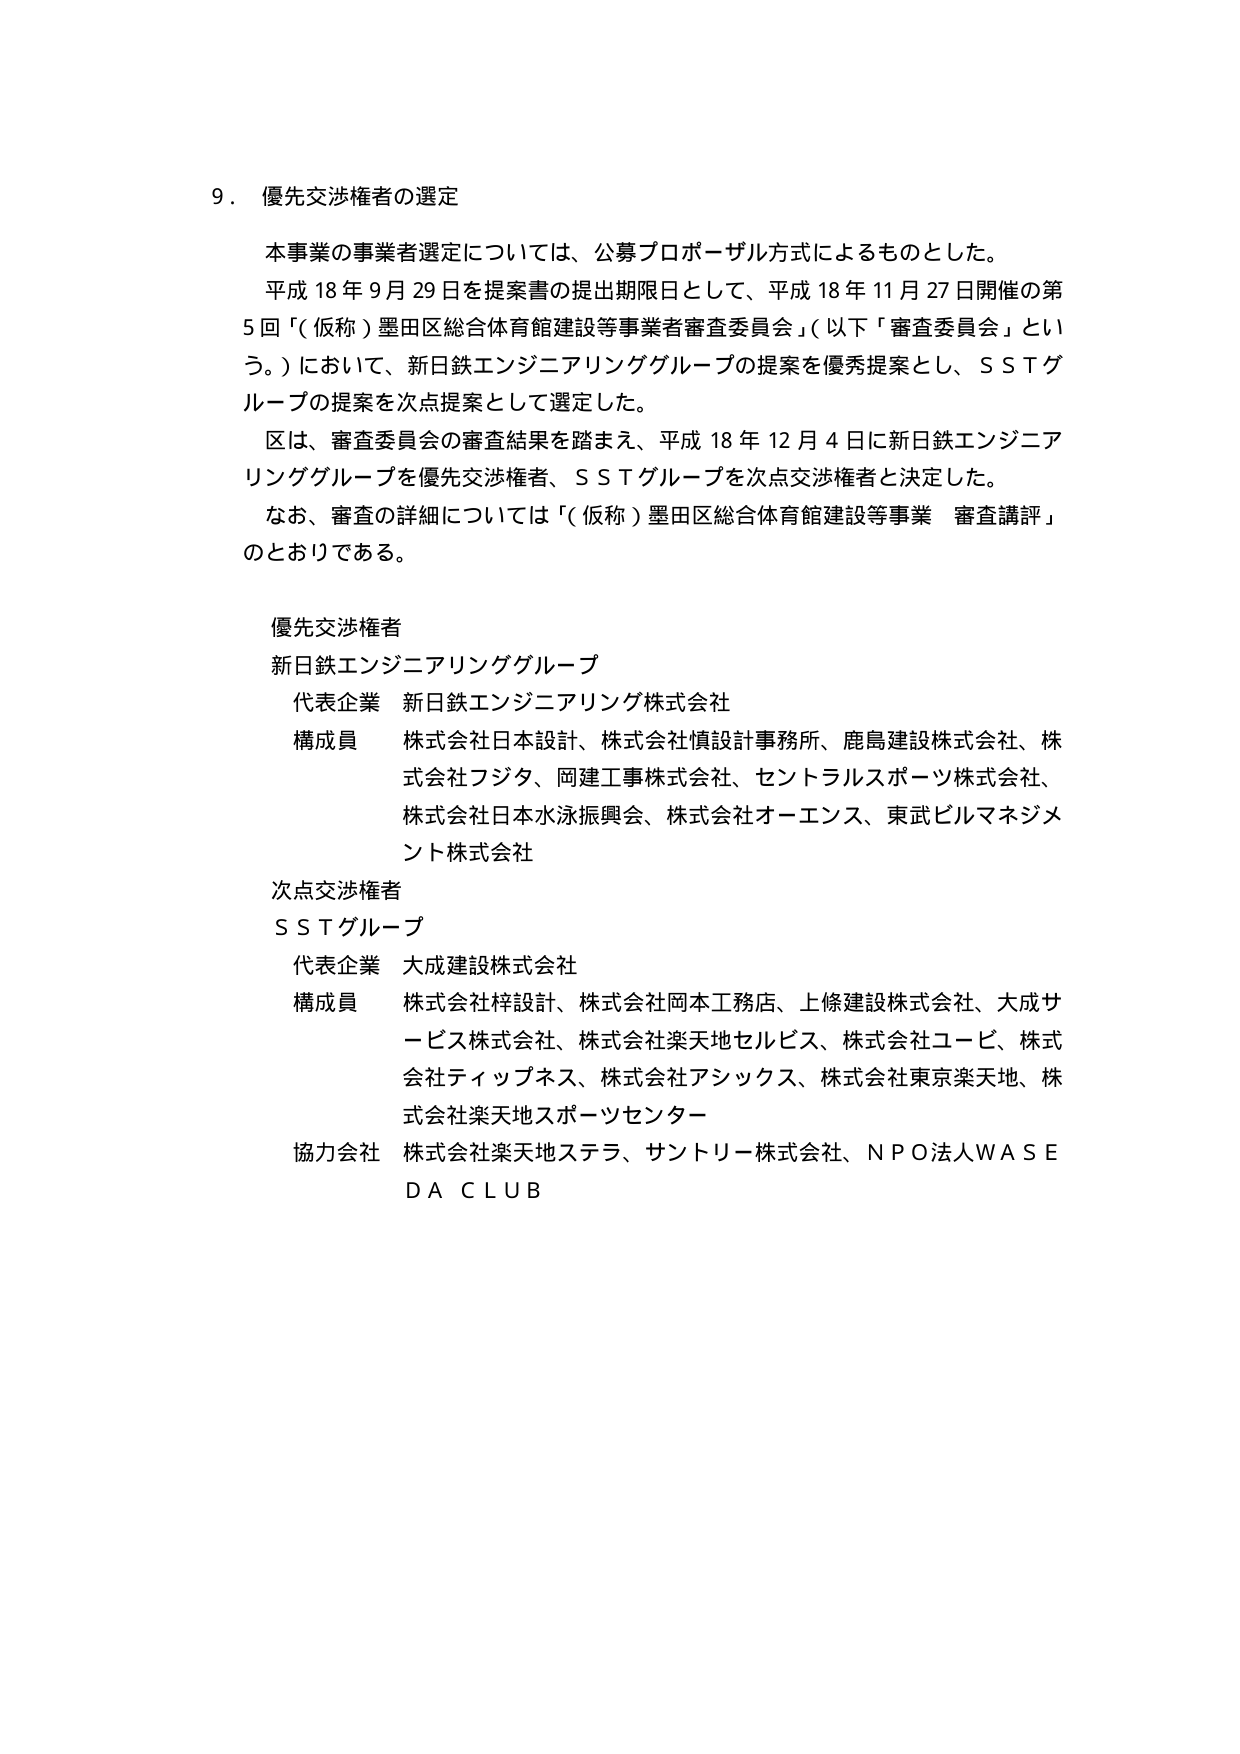
9． 優先交渉権者の選定

本事業の事業者選定については、公募プロポーザル方式によるものとした。
平成18年9月29日を提案書の提出期限日として、平成18年11月27日開催の第
5回「（仮称）墨田区総合体育館建設等事業者審査委員会」（以下「審査委員会」とい
う。）において、新日鉄エンジニアリンググループの提案を優秀提案とし、ＳＳＴグ
ループの提案を次点提案として選定した。
区は、審査委員会の審査結果を踏まえ、平成18年12月4日に新日鉄エンジニア
リンググループを優先交渉権者、ＳＳＴグループを次点交渉権者と決定した。
なお、審査の詳細については「（仮称）墨田区総合体育館建設等事業 審査講評」
のとおりである。

優先交渉権者
新日鉄エンジニアリンググループ
　代表企業　新日鉄エンジニアリング株式会社
　構成員　株式会社日本設計、株式会社慎設計事務所、鹿島建設株式会社、株
　　　　　式会社フジタ、岡建工事株式会社、セントラルスポーツ株式会社、
　　　　　株式会社日本水泳振興会、株式会社オーエンス、東武ビルマネジメ
　　　　　ント株式会社

次点交渉権者
ＳＳＴグループ
　代表企業　大成建設株式会社
　構成員　株式会社梓設計、株式会社岡本工務店、上條建設株式会社、大成サ
　　　　　ービス株式会社、株式会社楽天地セルビス、株式会社ユービ、株式
　　　　　会社ティップネス、株式会社アシックス、株式会社東京楽天地、株
　　　　　式会社楽天地スポーツセンター
　協力会社　株式会社楽天地ステラ、サントリー株式会社、ＮＰＯ法人ＷＡＳＥ
　　　　　ＤＡＣＬＵＢ